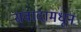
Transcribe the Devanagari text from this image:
संवादामधून